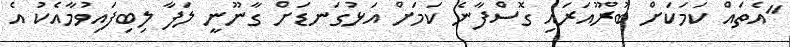
"އެތައް ކަމަކަށް ބުރޫއަރައި ގޮސްފާނެ ކަމަށް އަޅުގަނޑަށް ގާނޫނީ ލަފާ ލިބިފައިވުމާއެކު އެ